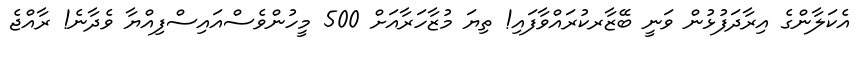
އެކަލާންގެ އިރާދަފުޅުން ވަނީ ބޭޒާރކުރައްވާފައި! ތިޔަ މުޒާހަރާއަށް 500 މީހުންވެސްއައިސްފިއްޔާ ވެދާނެ! ރާއްޖެ